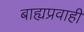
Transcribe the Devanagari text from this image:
बाह्यप्रवाही